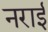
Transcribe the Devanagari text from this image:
नराई